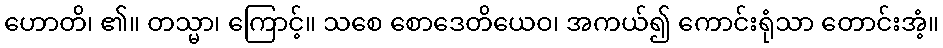
ဟောတိ၊ ၏။ တသ္မာ၊ ကြောင့်။ သစေ စောဒေတိယေဝ၊ အကယ်၍ ကောင်းရုံသာ တောင်းအံ့။